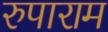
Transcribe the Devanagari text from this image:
रुपाराम